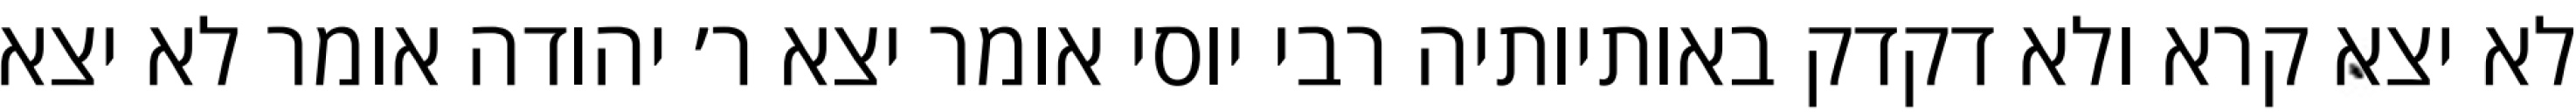
לא יצא קרא ולא דקדק באותיותיה רבי יוסי אומר יצא ר׳ יהודה אומר לא יצא